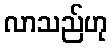
လာသည်ဟု